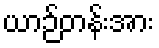
ယာဉ်တန်းအား